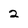
Character: 2